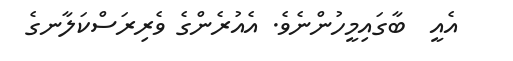
އެއީ  ބާގައިމީހުންނެވެ. އެއުރެންގެ ވެރިރަސްކަލާނގެ